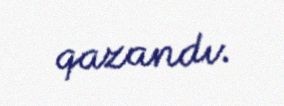
qazandı.